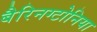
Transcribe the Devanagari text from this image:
बैरिनग्टोनिया